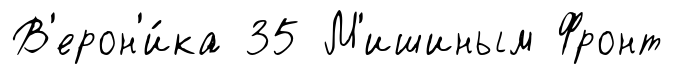
В'ерон'и́ка 35 М'ишиным Фронт